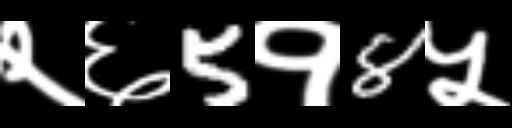
Text: २६5१8५